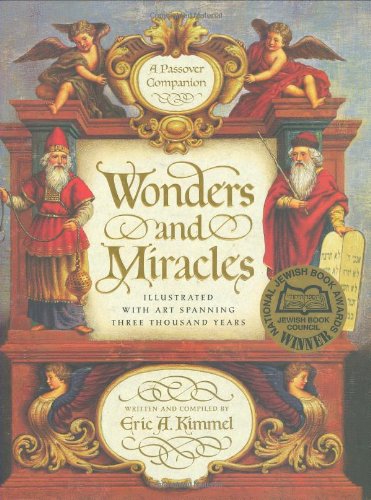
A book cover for Wonders and Miracles: A Passover Companion; Eric A. Kimmel; Children's Books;